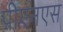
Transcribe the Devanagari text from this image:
पीएनएस